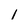
Character: 1